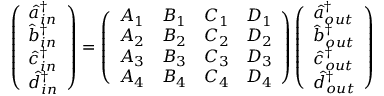
\left( \begin{array} { l } { \hat { a } _ { i n } ^ { \dagger } } \\ { \hat { b } _ { i n } ^ { \dagger } } \\ { \hat { c } _ { i n } ^ { \dagger } } \\ { \hat { d } _ { i n } ^ { \dagger } } \end{array} \right) = \left( \begin{array} { l l l l } { A _ { 1 } } & { B _ { 1 } } & { C _ { 1 } } & { D _ { 1 } } \\ { A _ { 2 } } & { B _ { 2 } } & { C _ { 2 } } & { D _ { 2 } } \\ { A _ { 3 } } & { B _ { 3 } } & { C _ { 3 } } & { D _ { 3 } } \\ { A _ { 4 } } & { B _ { 4 } } & { C _ { 4 } } & { D _ { 4 } } \end{array} \right) \left( \begin{array} { l } { \hat { a } _ { o u t } ^ { \dagger } } \\ { \hat { b } _ { o u t } ^ { \dagger } } \\ { \hat { c } _ { o u t } ^ { \dagger } } \\ { \hat { d } _ { o u t } ^ { \dagger } } \end{array} \right)